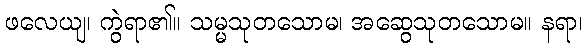
ဖလေယျ၊ ကွဲရာ၏။ သမ္မသုတသောမ၊ အဆွေသုတသောမ။ နရာ၊